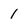
Character: 1